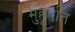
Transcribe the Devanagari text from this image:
मुहूर्तात